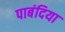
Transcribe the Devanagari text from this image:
पाबंदिया